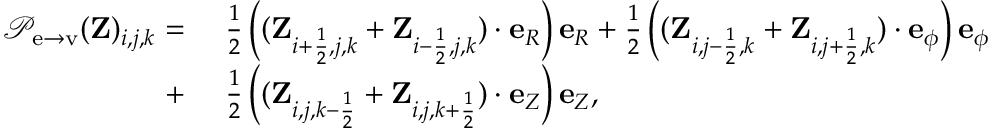
\begin{array} { r l } { { \mathcal { P } } _ { \mathrm { e \rightarrow v } } ( \mathbf { Z } ) _ { i , j , k } = ~ } & { \frac { 1 } { 2 } \left( ( \mathbf { Z } _ { i + \frac { 1 } { 2 } , j , k } + \mathbf { Z } _ { i - \frac { 1 } { 2 } , j , k } ) \cdot \mathbf { e } _ { R } \right) \mathbf { e } _ { R } + \frac { 1 } { 2 } \left( ( \mathbf { Z } _ { i , j - \frac { 1 } { 2 } , k } + \mathbf { Z } _ { i , j + \frac { 1 } { 2 } , k } ) \cdot \mathbf { e } _ { \phi } \right) \mathbf { e } _ { \phi } } \\ { + ~ } & { \frac { 1 } { 2 } \left( ( \mathbf { Z } _ { i , j , k - \frac { 1 } { 2 } } + \mathbf { Z } _ { i , j , k + \frac { 1 } { 2 } } ) \cdot \mathbf { e } _ { Z } \right) \mathbf { e } _ { Z } , } \end{array}